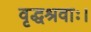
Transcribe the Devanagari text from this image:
वृद्धश्रवाः।